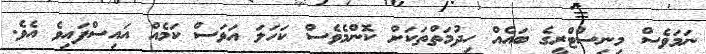
ނަމަވެސް މިނިސްޓްރީގެ ބައެއް ހިދުމަތްތަކަށް ކޮންމެވެސް ކަހަލަ އަވަސް ކަމެއް އައިސްފައިވެ އެވެ.